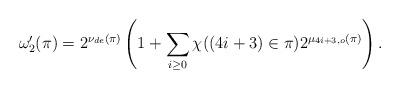
LaTeX: \begin{align*}{\omega_2'}(\pi) = 2^{\nu_{de}(\pi)} \left( 1 + \sum_{i\geq 0} \chi((4i+3)\in\pi)2^{\mu_{4i+3,o}(\pi)} \right).\end{align*}